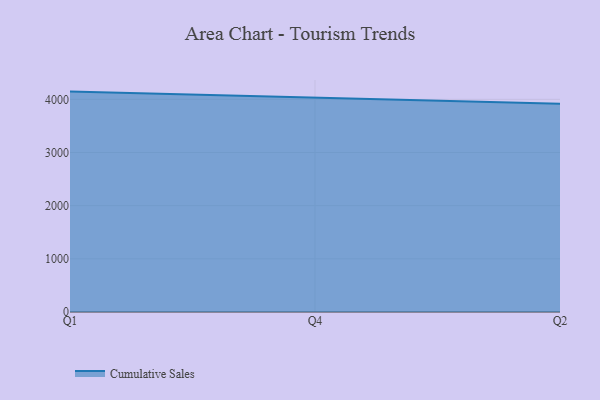
{"axis": {"x": "Quarter", "y": "Website Visitors"}, "legend": ["Cumulative Sales"], "data": [{"x": "Q1", "y": 4145.5, "type": "Cumulative Sales"}, {"x": "Q4", "y": 4028.6, "type": "Cumulative Sales"}, {"x": "Q2", "y": 3914.7, "type": "Cumulative Sales"}]}